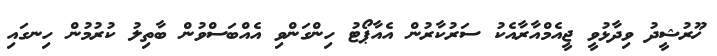
ޚޫރުޝީދު ވިދާޅުވީ ޖީއެމްއާރާއެކު ސަރުކާރުން އެއާޕޯޓު ހިންގަންވި އެއްބަސްވުން ބާތިލު ކުރުމުން ހިނގައި